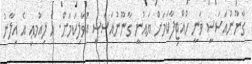
ގާނޫނުއަސަސީ ވަނީ ހުއްޓިފާކަމަށް ޔައުނީ ގާނޫނުއަސަސީ އުވާލިކަމަށް. އެ ލިއުމޢި އެ އިލާނު